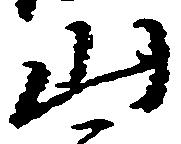
山